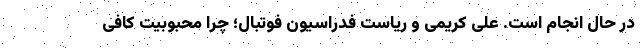
در حال انجام است. علی کریمی و ریاست فدراسیون فوتبال؛ چرا محبوبیت کافی